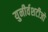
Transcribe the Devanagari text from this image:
युनीर्वशटीजो